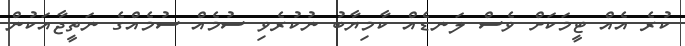
ކުރެ އެއް ޓީމަކަށް ވެސް ލަނޑެއް ކާމިޔާބު ނުކުރެވި ސުމެއް ސުމެއްގެ ނަތީޖާއަކުން